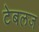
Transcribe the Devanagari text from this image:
टेबलज